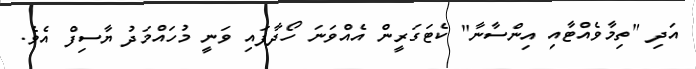
އަދި "ތިމާވެއްޓާއި އިންސާނާ" ކެޓަގަރީން އެއްވަނަ ހޯދާފައި ވަނީ މުހައްމަދު ޔާސިފް އެވެ.